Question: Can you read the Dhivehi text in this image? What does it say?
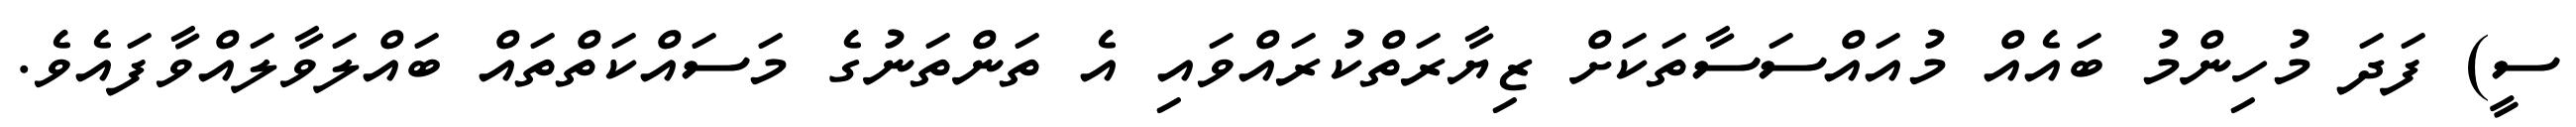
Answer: ސީ) ފަދަ މުހިންމު ބައެއް މުއައްސަސާތަކަށް ޒިޔާރަތްކުރައްވައި އެ ތަންތަނުގެ މަސައްކަތްތައް ބައްލަވާލައްވާފައެވެ.